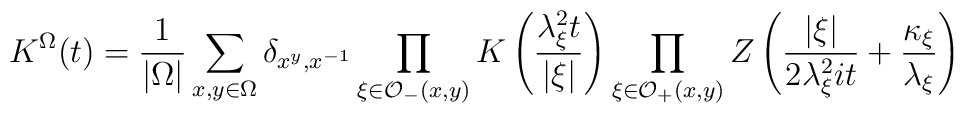
K^{\Omega }(t)=\frac{1}{\left| \Omega \right| }\sum _{x,y\in \Omega }\delta _{x^{y},x^{-1}}\prod _{\xi \in \mathcal{O}_{-}(x,y)}K\left( \frac{\lambda _{\xi }^{2}t}{\left| \xi \right| }\right) \prod _{\xi \in \mathcal{O}_{+}(x,y)}Z\left( \frac{\left| \xi \right| }{2\lambda _{\xi }^{2}it}+\frac{\kappa _{\xi }}{\lambda _{\xi }}\right)